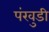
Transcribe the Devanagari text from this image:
पंखुडी